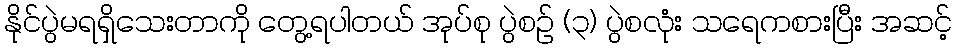
နိုင်ပွဲမရရှိသေးတာကို တွေ့ရပါတယ် အုပ်စု ပွဲစဉ် (၃) ပွဲစလုံး သရေကစားပြီး အဆင့်